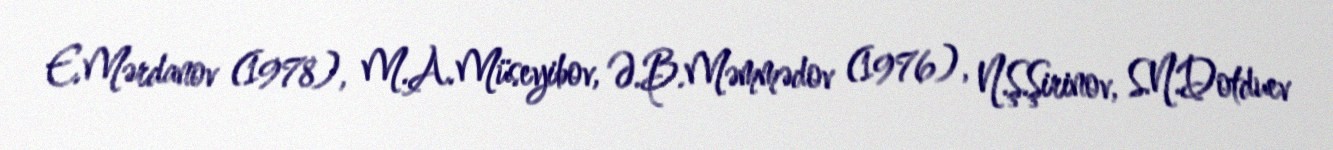
E.Mərdanov (1978), M.A.Müseyibov, Ə.B.Məmmədov (1976), N.Ş.Şirinov, S.N.Dotduev